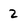
Character: 2